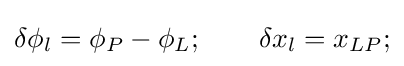
\delta \phi _{l}=\phi _{P}-\phi _{L};\qquad \delta x_{l}=x_{LP};